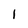
Character: I